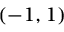
( - 1 , 1 )